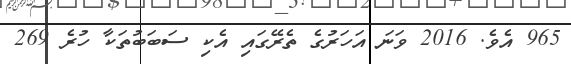
965 އެވެ. 2016 ވަނަ އަހަރުގެ ތެރޭގައި އެކި ސަބަބުތަކާ ހުރެ 269